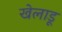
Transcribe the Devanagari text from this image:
खेलाडू